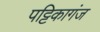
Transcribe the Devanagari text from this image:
पट्टिकागंज